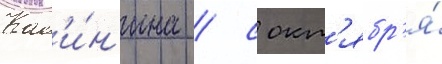
Кал'и́н'ина / с окт'ябр'я́